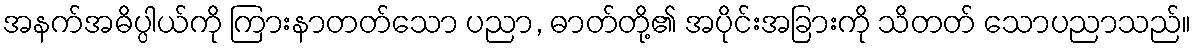
အနက်အဓိပ္ပါယ်ကို ကြားနာတတ်သော ပညာ, ဓာတ်တို့၏ အပိုင်းအခြားကို သိတတ် သောပညာသည်။